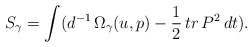
\begin{align*}S_{\gamma}=\int (d^{-1}\,\Omega_{\gamma}(u,p)-\frac{1}{2}\,tr\,P^{2}\,dt).\end{align*}